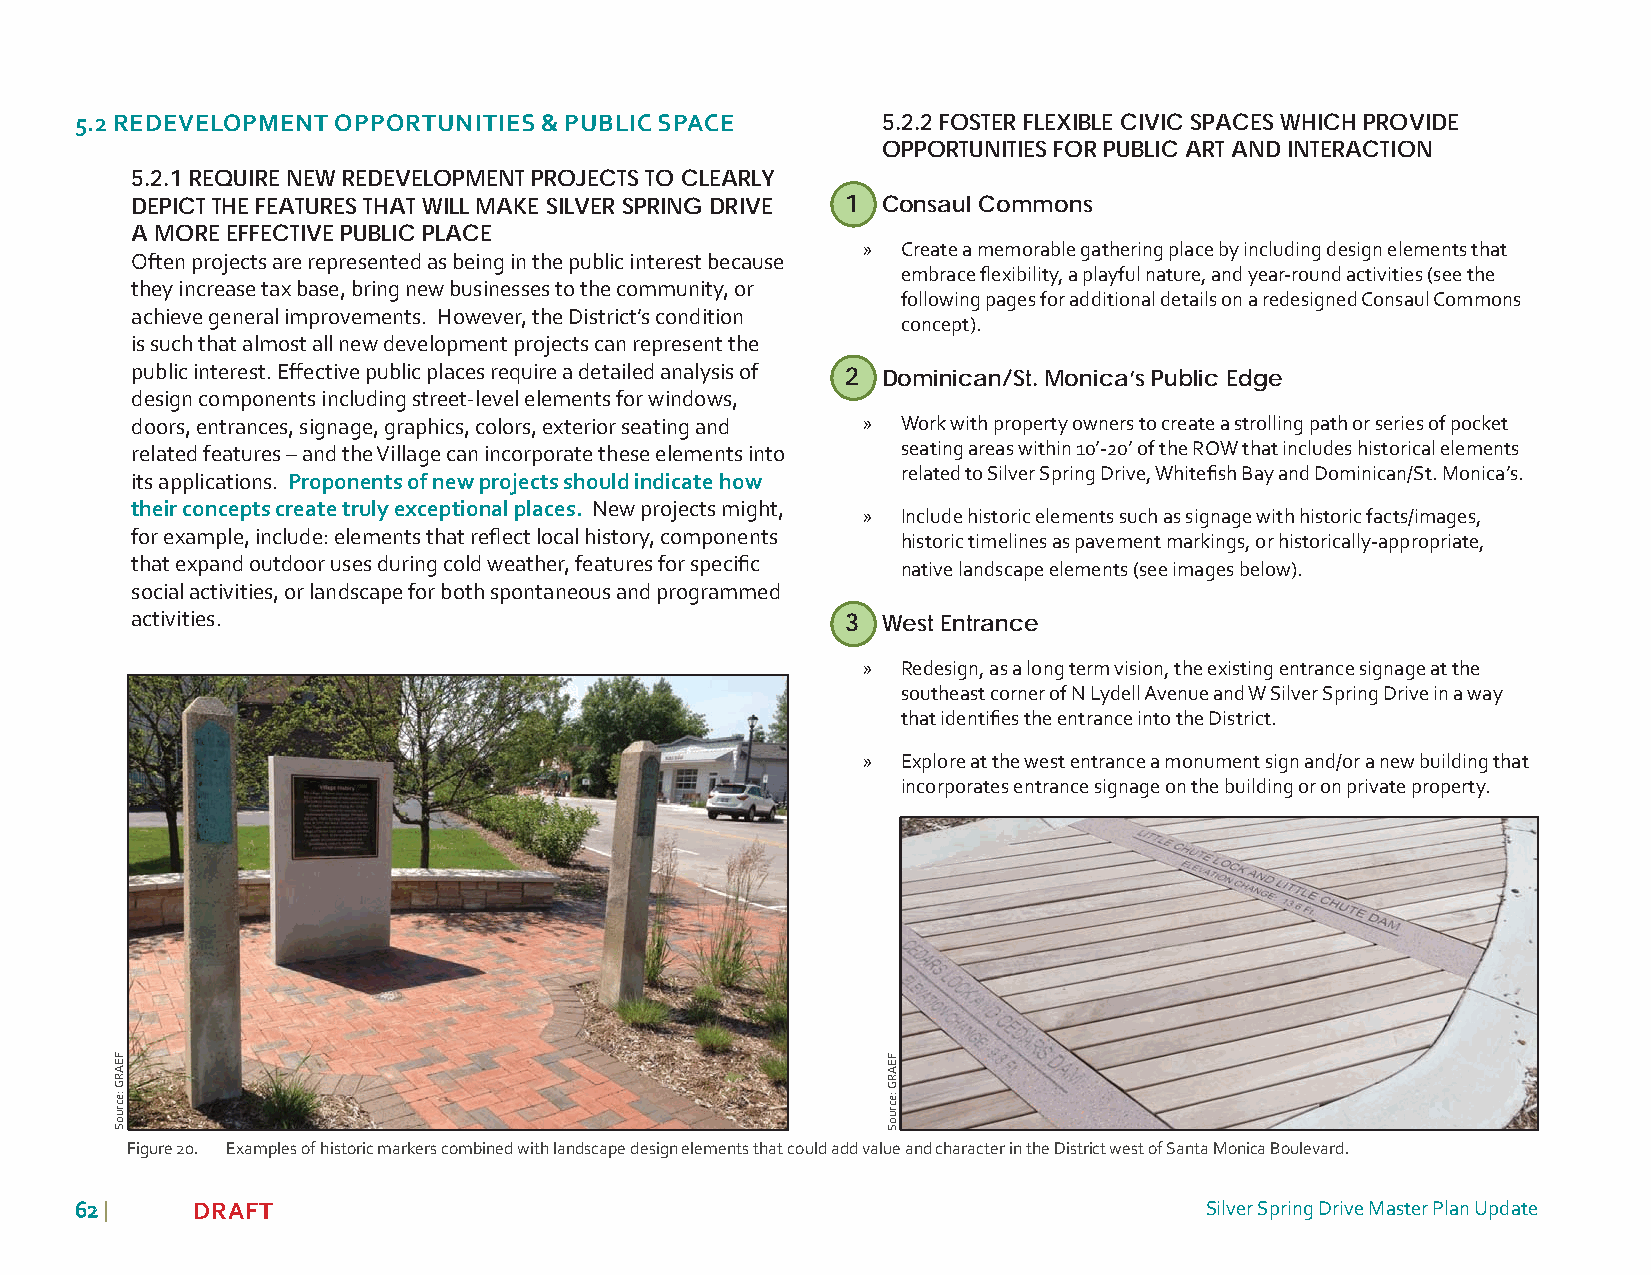
5.2 REDEVELOPMENT OPPORTUNITIES & PUBLIC SPACE       5.2.2 FOSTER FLEXIBLE CIVIC SPACES WHICH PROVIDE
 OPPORTUNITIES FOR PUBLIC ART AND INTERACTION
 5.2.1 REQUIRE NEW REDEVELOPMENT PROJECTS TO CLEARLY
 DEPICT THE FEATURES THAT WILL MAKE SILVER SPRING DRIVE 1 Consaul Commons
 A MORE EFFECTIVE PUBLIC PLACE
 »  Create a memorable gathering place by including design elements that
 Often projects are represented as being in the public interest because
 embrace fl exibility, a playful nature, and year-round activities (see the
 they increase tax base, bring new businesses to the community, or
 following pages for additional details on a redesigned Consaul Commons
 achieve general improvements. However, the District’s condition
 concept).
 is such that almost all new development projects can represent the
 public interest. Eff ective public places require a detailed analysis of 2 Dominican/St. Monica’s Public Edge
 design components including street-level elements for windows,
 doors, entrances, signage, graphics, colors, exterior seating and » Work with property owners to create a strolling path or series of pocket
 related features – and the Village can incorporate these elements into seating areas within 10’-20’ of the ROW that includes historical elements
 related to Silver Spring Drive, Whitefi sh Bay and Dominican/St. Monica’s.
 its applications. Proponents of new projects should indicate how
 their concepts create truly exceptional places. New projects might,
 »  Include historic elements such as signage with historic facts/images,
 for example, include: elements that refl ect local history, components
 historic timelines as pavement markings, or historically-appropriate,
 that expand outdoor uses during cold weather, features for specifi c
 native landscape elements (see images below).
 social activities, or landscape for both spontaneous and programmed
 activities.                                    3 West Entrance
 »  Redesign, as a long term vision, the existing entrance signage at the
 southeast corner of N Lydell Avenue and W Silver Spring Drive in a way
 that identifi es the entrance into the District.
 »  Explore at the west entrance a monument sign and/or a new building that
 incorporates entrance signage on the building or on private property.
 Figure 20. Examples of historic markers combined with landscape design elements that could add value and character in the District west of Santa Monica Boulevard.
 6622 |  DRAFT                                                              Silver Spring Drive Master Plan Update
 FEARG
 :ecruoS
 FEARG
 :ecruoS